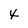
Character: x